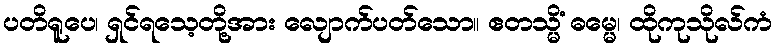
ပတိရူပေ၊ ရှင်ရသေ့တို့အား လျောက်ပတ်သော။ ဧတသ္မိံ ဓမ္မေ၊ ထိုကုသိုလ်ကံ